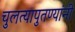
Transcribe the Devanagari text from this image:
चुलत्यापुतण्यांनी